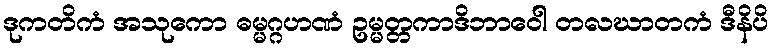
ဒုကတိကံ အသုကော ဓမ္မဂ္ဂဟဏံ ဥမ္မတ္တကာဒိဘာဝေါ တလဃာတကံ ဒီနိပိ